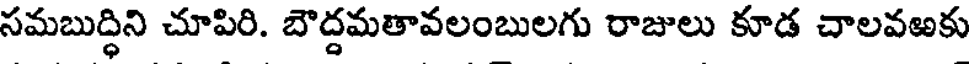
సమబుద్ధిని చూపిరి. బౌద్దమతావలంబులగు రాజులు కూడ చాలవఱకు